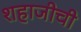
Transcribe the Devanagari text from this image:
शहाजीची